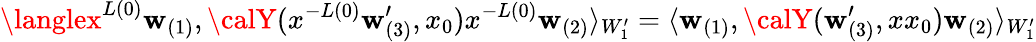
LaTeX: \langlex^{L(0)}\mathbf{w}_{(1)},{\calY}(x^{-L(0)}\mathbf{w}_{(3)}^{\prime},x_{0})x^{-L(0)}\mathbf{w}_{(2)}\rangle_{W_{1}^{\prime}}=\langle\mathbf{w}_{(1)},{\calY}(\mathbf{w}_{(3)}^{\prime},xx_{0})\mathbf{w}_{(2)}\rangle_{W_{1}^{\prime}}